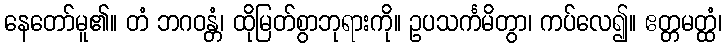
နေတော်မူ၏။ တံ ဘဂဝန္တံ၊ ထိုမြတ်စွာဘုရားကို။ ဥပသင်္ကမိတွာ၊ ကပ်လေ၍။ ဧတ္တမတ္ထံ၊